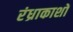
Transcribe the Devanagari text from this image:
रंध्राकाशों